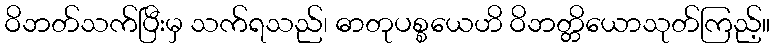
ဝိဘတ်သက်ပြီးမှ သက်ရသည်၊ ဓာတုပစ္စယေဟိ ဝိဘတ္တိယောသုတ်ကြည့်။